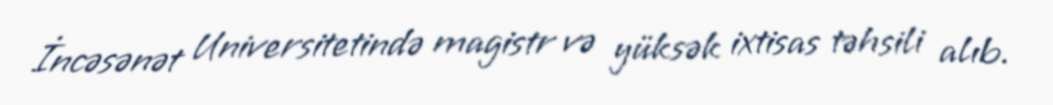
İncəsənət Universitetində magistr və yüksək ixtisas təhsili alıb.